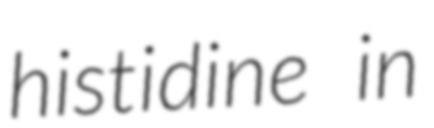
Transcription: histidine in